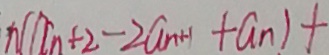
n ( a _ { n } + 2 - 2 a _ { n + 1 } + a _ { n } ) +